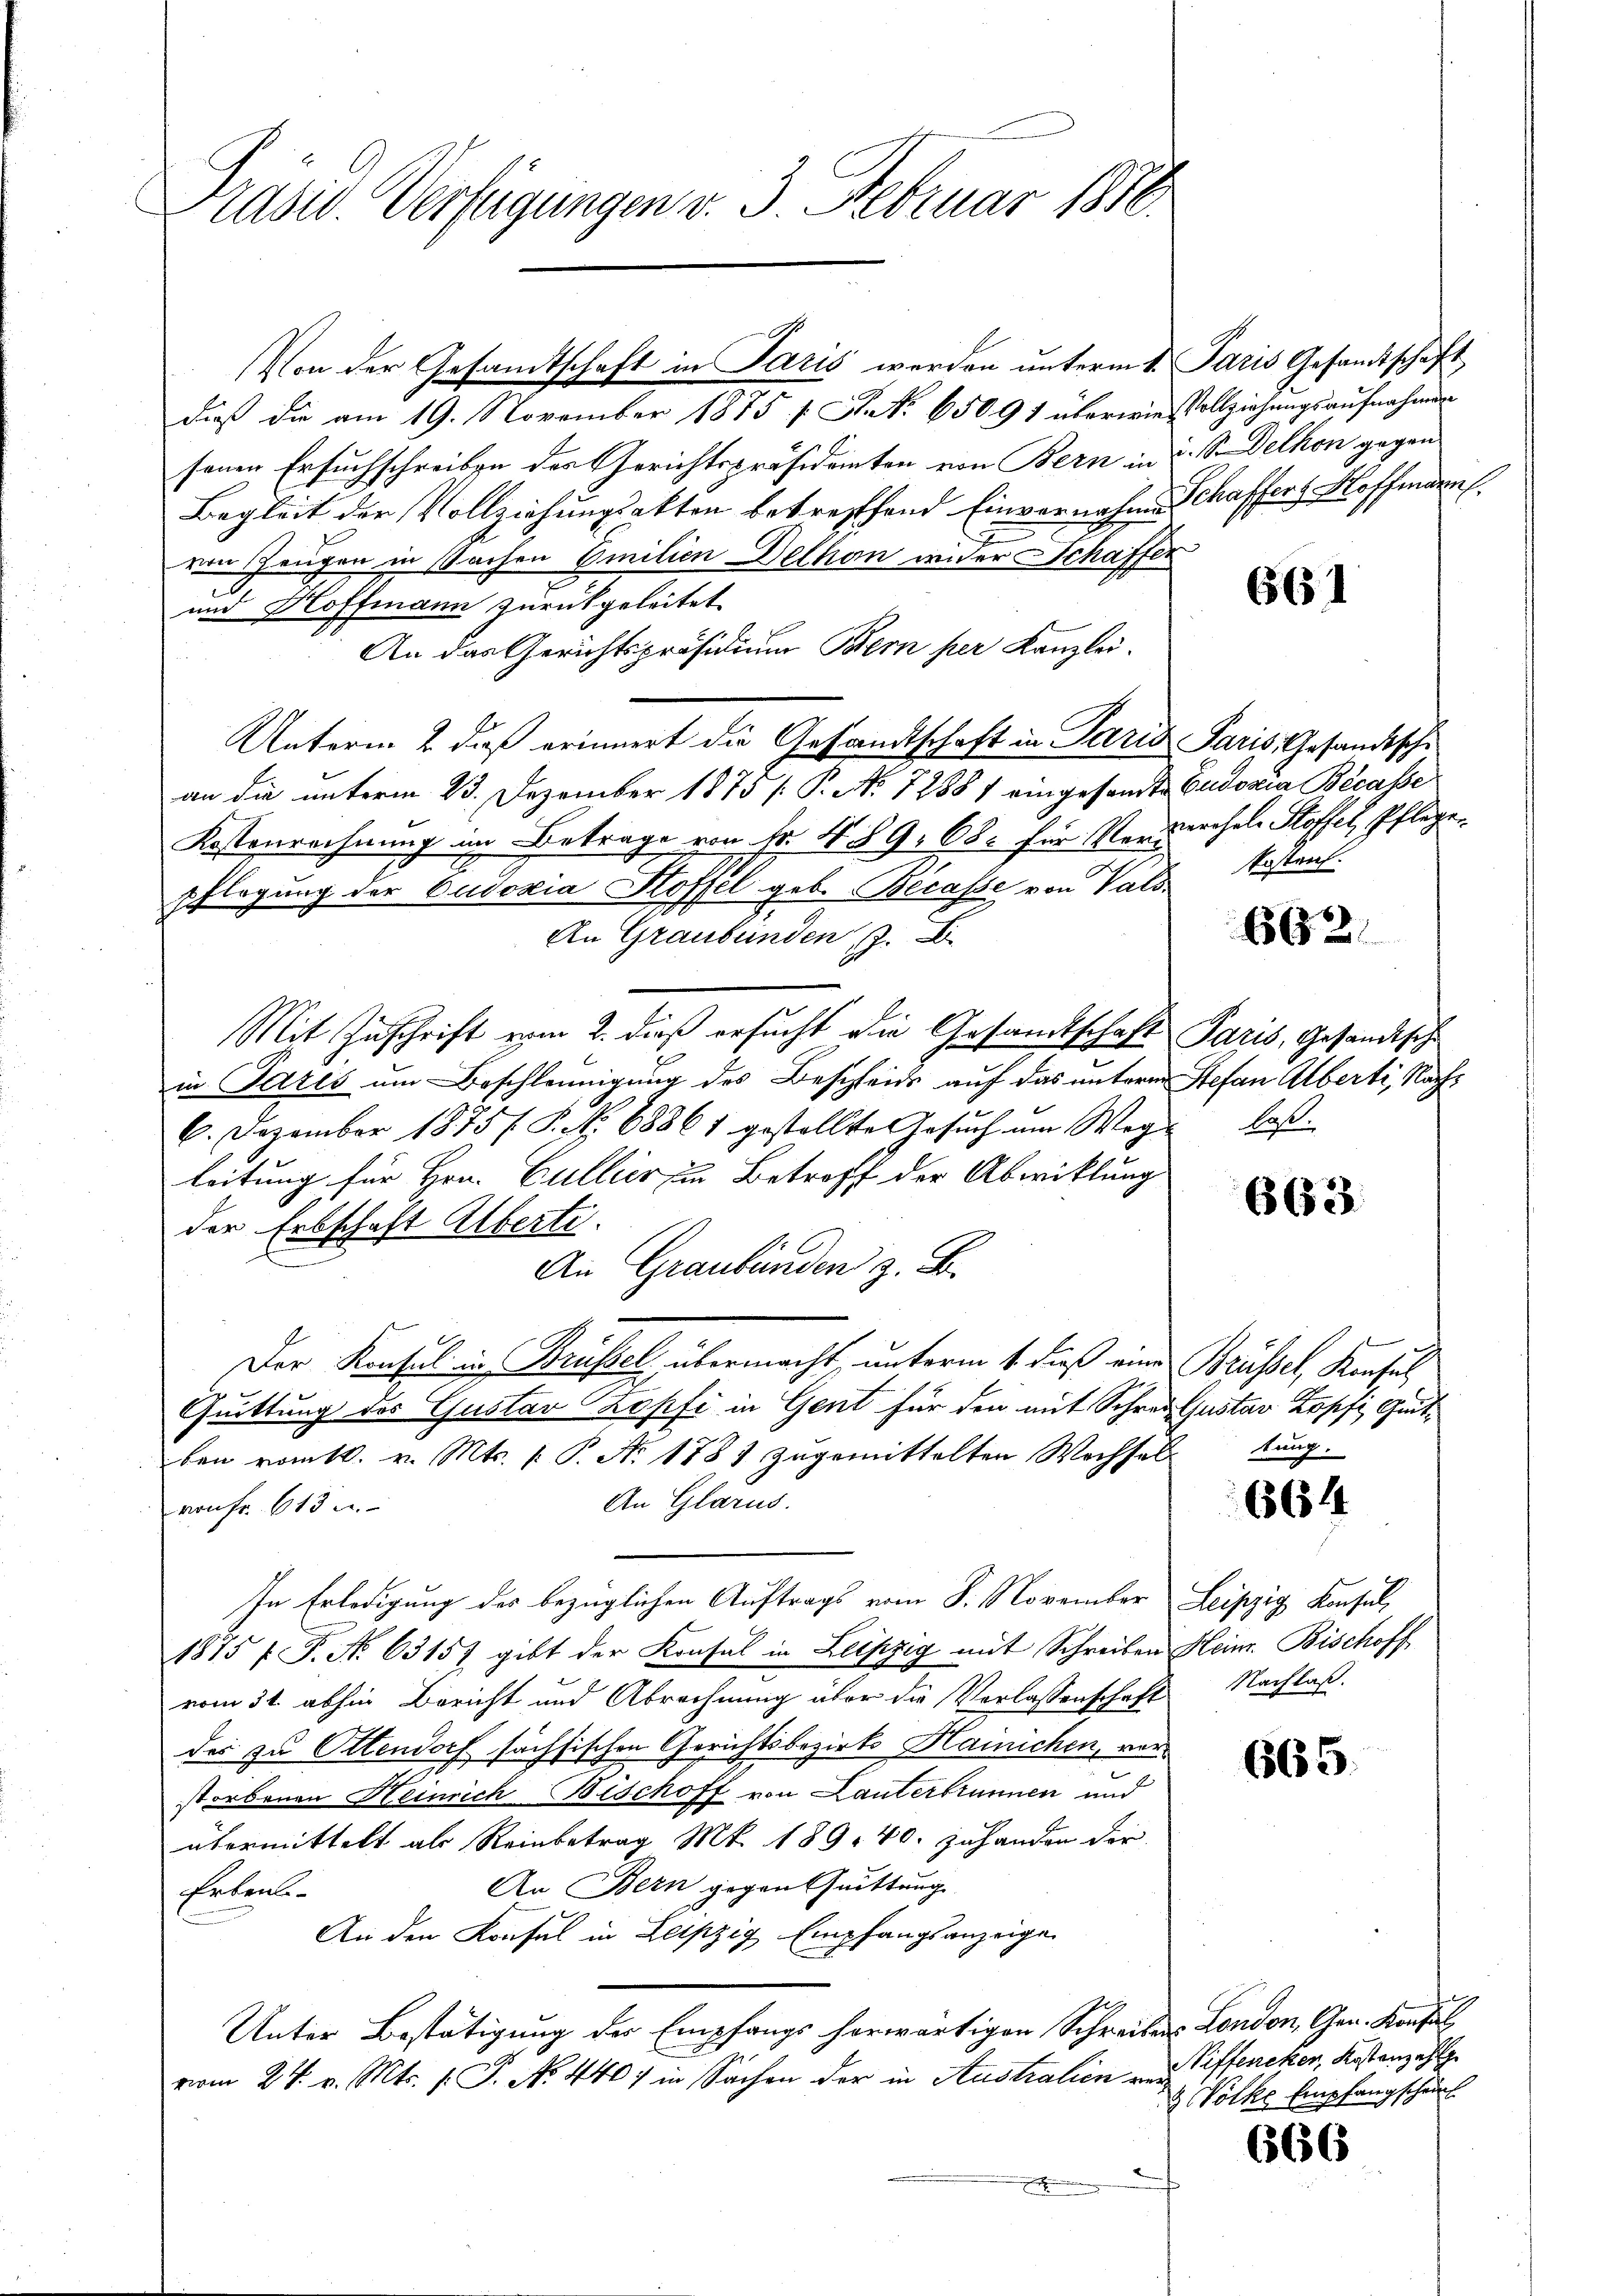
Präsid. Verfügungen v. 3. Februar 1810.

Von der Gesandtschaft in Paris werden unterm 1. Paris Gesandtschaft
daß die am 19. November 1875 f. A. No 650. 91 überwies Vollziehungsaufnahmen
senen Ersuchschreiben des Gerichtspräsidenten von Bern in 2 S. Delhon gegen
Begleit der Vollziehungsakten betreffend Einvernahmen Schaffers Hoffmann.
von Zeugen in Sachen Emilien Dethan wider Schaffer
.
und Hoffmann zurückgeleitet.
An das Gerichtspräsidium Bern per Kanzlei.
Unterm 2. dieß erinnert die Gesandtschaft in Paris Paris, Gesandtschi
an die unterm 23. Dezember 1875 /: P. No 12887 eingesandte Eudoxia Becasse
Kostenrechnung im Betrage von Fr. 4. § 9, 68. für Verwachel Koffel, Pflege
pflegung der Eudoxia Stoffel geb. Becasse von Vals¬
An Graubünden, z. B.
Mit Zuschrift vom 2. dieß ersucht die Gesandtschaft Paris, Gesandtsch
in Paris um Beschleunigung des Beschleids auf das unterm Stefan Alberti, Nach¬
6. Dezember 1875 f. P. Nr. 68861 gestellte Gesuch um Weg-
leitung für Hrn. Cullier in Betroff der Abwicklung
der Erbschaft Alberte.
An Graubünden z. B.
Der Konsul in Brüssel übermacht, unterm 1. dieß eine Brüssel, Konsul
Quittung des Gustav Zopfi in Gent für den mit Schrei Gustav Kopf Gutben vom 10. v. Mts. 1. P. Nr. 1887 zugemittelten Wochsel
An Glarus.
von Fr. 613 u.
In Erledigung des bezüglichen Auftrags vom 8. November Leipzig Konsul,
1875 f. P. No 63157 gibt der Konsul in Leipzig mit Schreiben Heinr. Bischoff
vom 31. abhin Bericht und Abrechnung über die Verlassenschaft
des zu Ottendorf sächsischen Gerichtsbezirks Hainichen, vor
storbenen Heinrich Bischoff von Lanterbrunnen und
übermittelt als Reinbetrag M. 189. 40. zuhanden der
An Bern gegen Quittung
Erbent
An den Konsul in Leipzig Empfangsanzeige
Unter Bestätigung des Empfangs herwärtigen Schreiben London, Gen. Konfel
vom 24. v. Mts. (T. No. 4407 in Sachen der in Australien verx

661

kostenz.

662.

last.

d

663.

tung.

6644

Nachlaß.

665.

nbeg
Niffeneker, Kostenzahl
& Volke Empfangscheint

666